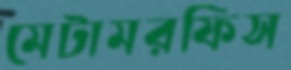
মেটামরফিস